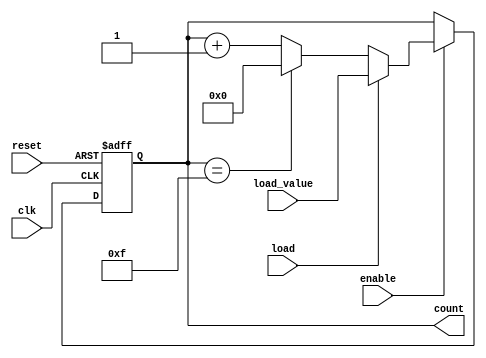
module Chained_Parallel_Counter (
    input wire clk,                // Clock signal
    input wire reset,              // Asynchronous reset
    input wire enable,             // Enable signal
    input wire [N-1:0] load_value, // Load value for counter (when in load mode)
    input wire load,               // Load mode (load_value is used)
    output reg [N-1:0] count       // Current count value
);
    parameter N = 4;               // Number of bits in the counter

    // Sequential logic to update the counter
    always @(posedge clk or posedge reset) begin
        if (reset) begin
            // Asynchronous reset
            count <= 0;
        end else if (enable) begin
            if (load) begin
                // Load functionality
                count <= load_value;
            end else begin
                // Counter increments (up count)
                if (count == (1 << N) - 1) // Check for max count
                    count <= 0;          // Roll over to 0
                else
                    count <= count + 1;  // Increment counter
            end
        end
    end
endmodule